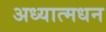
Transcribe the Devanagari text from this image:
अध्यात्मधन